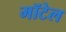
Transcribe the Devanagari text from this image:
मॉटेल